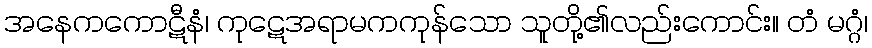
အနေကကောဋီနံ၊ ကုဋေအရာမကကုန်သော သူတို့၏လည်းကောင်း။ တံ မဂ္ဂံ၊